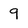
Character: 9